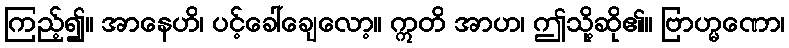
ကြည့်၍။ အာနေဟိ၊ ပင့်ခေါ်ချေလော့။ ဣတိ အာဟ၊ ဤသို့ဆို၏။ ဗြာဟ္မဏော၊